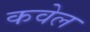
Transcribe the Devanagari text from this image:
कवेल